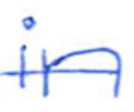
Text: in
Cross-out: single-line
Writing tool: ballpoint